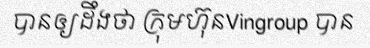
បានឲ្យដឹងថា ក្រុមហ៊ុនVingroup បាន